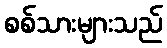
စစ်သားများသည်